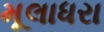
મૂલાધરા